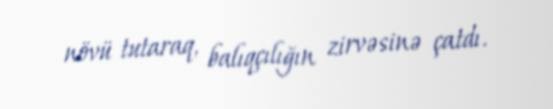
növü tutaraq, balıqçılığın zirvəsinə çatdı.